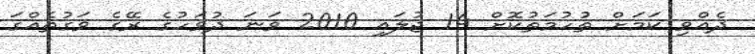
ދެއްވި ކަމަށް ތުހުމަތުކޮށް 14 ޖުލައި 2010 ވަނަ ދުވަހުގެ ރޭގެ ވަގުތެއްގަ